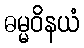
ဓမ္မဝိနယံ